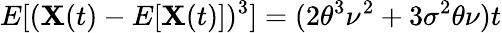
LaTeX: E[(\mathbf{X}(t)-E[\mathbf{X}(t)])^{3}]=(2\theta^{3}\nu^{2}+3\sigma^{2}\theta\nu)t